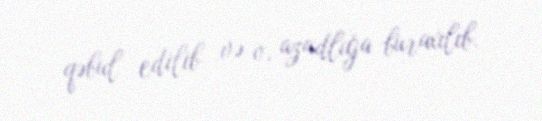
qəbul edilib və o, azadlığa buraxılıb.